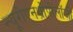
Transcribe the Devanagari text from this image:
न्यूरोएनथ्रोपोलॉजी